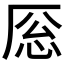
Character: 𪠎